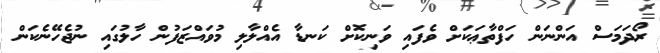
ރޯދަމަސް އަންނަން ހަފްތާޢަކަށް ވެފައި ވަނިކޮށް ކަނޑާ އެއްލާލި މުވައްޒަފުން ހާލުގައި ނުޖެހޭނެކަން